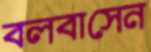
বলবাসেন